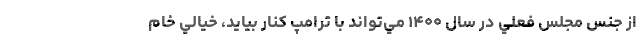
از جنس مجلس فعلي در سال ۱۴۰۰ مي‌تواند با ترامپ كنار بيايد، خيالي خام